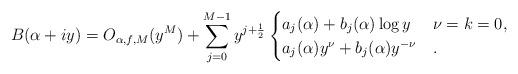
LaTeX: \begin{align*}B(\alpha+iy)=O_{\alpha,f,M}(y^M)+\sum_{j=0}^{M-1}y^{j+\frac12}\begin{cases}a_j(\alpha)+b_j(\alpha)\log{y}&\nu=k=0,\\a_j(\alpha)y^\nu+b_j(\alpha)y^{-\nu}&.\end{cases}\end{align*}